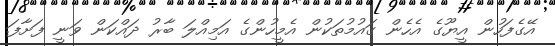
އޭގެފަހުން އީޔޫގެ އެހެން ގައުމުތަކުން އެމީހުންގެ އަމިއްލަ ބާރު ދައްކަން ވަނީ ފަށާފަ.